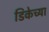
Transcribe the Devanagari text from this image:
डिकेच्या